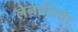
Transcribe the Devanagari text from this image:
लेनासिया